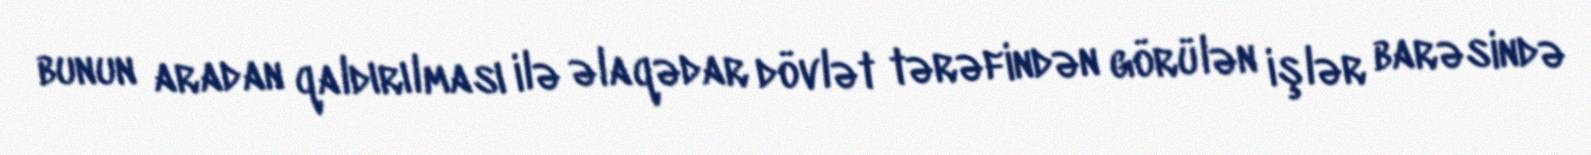
bunun aradan qaldırılması ilə əlaqədar dövlət tərəfindən görülən işlər barəsində